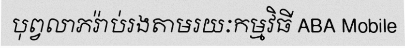
បុព្វលាភរ៉ាប់រងតាមរយៈកម្មវិធី ABA Mobile